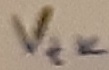
Text: Vtk